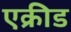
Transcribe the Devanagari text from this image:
एक्रीड